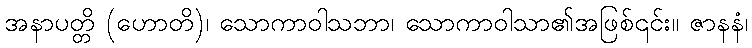
အနာပတ္တိ (ဟောတိ)၊ သောကာဝါသဘာ၊ သောကာဝါသာ၏အဖြစ်၎င်း။ ဇာနနံ၊